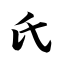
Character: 氏